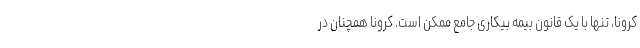
کرونا، تنها با یک قانون بیمه بیکاری جامع ممکن است. کرونا همچنان در